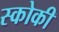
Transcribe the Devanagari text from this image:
स्‍कोकी